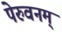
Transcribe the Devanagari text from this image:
पेरुवनम्